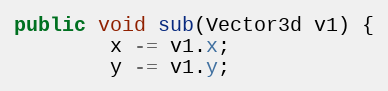
Language: Java
public void sub(Vector3d v1) {
        x -= v1.x;
        y -= v1.y;